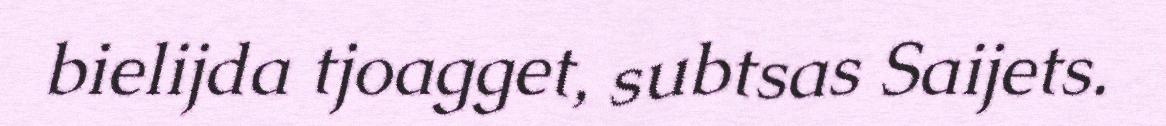
bielijda tjoagget, subtsas Saijets.